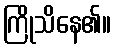
ကြိုသိနေ၏။